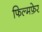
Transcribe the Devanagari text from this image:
फिल्मफ़ेर